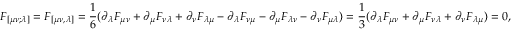
F _ { [ \mu \nu ; \lambda ] } = F _ { [ \mu \nu , \lambda ] } = { \frac { 1 } { 6 } } ( \partial _ { \lambda } F _ { \mu \nu } + \partial _ { \mu } F _ { \nu \lambda } + \partial _ { \nu } F _ { \lambda \mu } - \partial _ { \lambda } F _ { \nu \mu } - \partial _ { \mu } F _ { \lambda \nu } - \partial _ { \nu } F _ { \mu \lambda } ) = { \frac { 1 } { 3 } } ( \partial _ { \lambda } F _ { \mu \nu } + \partial _ { \mu } F _ { \nu \lambda } + \partial _ { \nu } F _ { \lambda \mu } ) = 0 ,